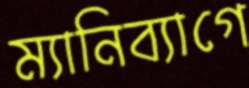
ম্যানিব্যাগে